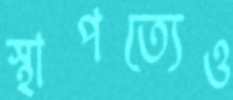
স্থাপত্যেও